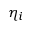
\eta _ { i }